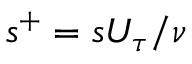
s ^ { + } = s U _ { \tau } / \nu